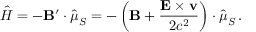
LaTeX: { \hat { H } } = - \mathbf { B } ^ { \prime } \cdot { \hat { \boldsymbol { \mu } } } _ { S } = - \left( \mathbf { B } + { \frac { \mathbf { E } \times \mathbf { v } } { 2 c ^ { 2 } } } \right) \cdot { \hat { \boldsymbol { \mu } } } _ { S } \, .